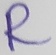
Text: R